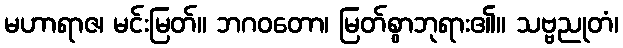
မဟာရာဇ၊ မင်းမြတ်။ ဘဂဝတော၊ မြတ်စွာဘုရား၏။ သဗ္ဗညုတံ၊